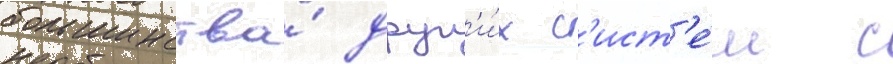
большинства́ друг'и́х с'ист'е́м с